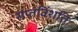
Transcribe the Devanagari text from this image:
सप्तविंशतिः